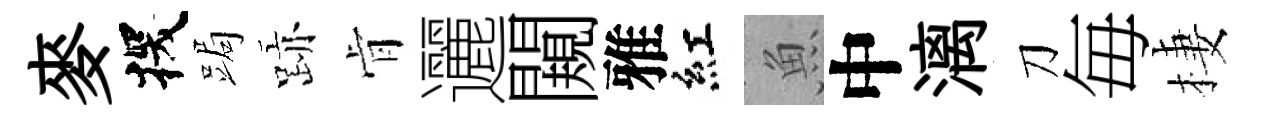
麥探跼跡肻邐闚雅紅魚中漓刀毎棲